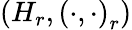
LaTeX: (H_{r},\left(\cdot,\cdot\right)_{r})